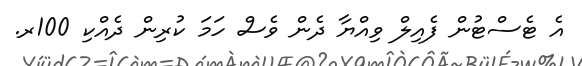
އެ ޓެސްޓުން ފެއިލް ވިއްޔާ ދެން ވެސް ހަމަ ކުރިން ދެއްކި 100ރ.